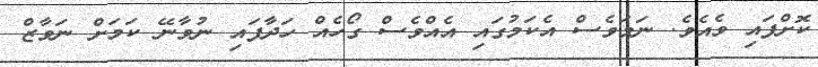
ކޮށްފައި ވެއެވެ. ނަމަވެސް އެކަމުގައި އެއްވެސް ގޯހެއް ހަދާފައި ނުވާނޭ ކަމަށް ނަވާޒް